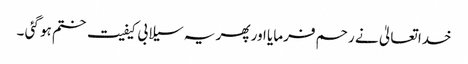
خدا تعالیٰ نے رحم فرمایا اور پھر یہ سیلابی کیفیت ختم ہو گئی ۔